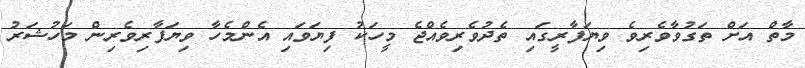
މާތް އަށް ތަގުވާވެރިވެ ވިޔަފާރީގައި ތެދުވެރިވެއްޖެ މީހަކު ފިޔަވައި އެންމެހާ ވިޔަފާރިވެރިން މަހުޝަރު